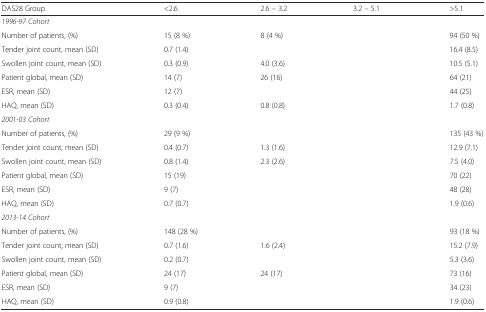
<table><thead><tr><td><b>DAS28 Group</b></td><td><b>&lt;2.6</b></td><td><b>2.6 – 3.2</b></td><td><b>3.2 – 5.1</b></td><td><b>&gt;5.1</b></td></tr></thead><tbody><tr><td colspan="5"><i>1996-97 Cohort</i></td></tr><tr><td>Number of patients, (%)</td><td>15 (8 %)</td><td>8 (4 %)</td><td>[EMPTY_CELL]</td><td>94 (50 %)</td></tr><tr><td>Tender joint count, mean (SD)</td><td>0.7 (1.4)</td><td>[EMPTY_CELL]</td><td>[EMPTY_CELL]</td><td>16.4 (8.5)</td></tr><tr><td>Swollen joint count, mean (SD)</td><td>0.3 (0.9)</td><td>4.0 (3.6)</td><td>[EMPTY_CELL]</td><td>10.5 (5.1)</td></tr><tr><td>Patient global, mean (SD)</td><td>14 (7)</td><td>26 (16)</td><td>[EMPTY_CELL]</td><td>64 (21)</td></tr><tr><td>ESR, mean (SD)</td><td>12 (7)</td><td>[EMPTY_CELL]</td><td>[EMPTY_CELL]</td><td>44 (25)</td></tr><tr><td>HAQ, mean (SD)</td><td>0.3 (0.4)</td><td>0.8 (0.8)</td><td>[EMPTY_CELL]</td><td>1.7 (0.8)</td></tr><tr><td colspan="5"><i>2001-03 Cohort</i></td></tr><tr><td>Number of patients, (%)</td><td>29 (9 %)</td><td>[EMPTY_CELL]</td><td>[EMPTY_CELL]</td><td>135 (43 %)</td></tr><tr><td>Tender joint count, mean (SD)</td><td>0.4 (0.7)</td><td>1.3 (1.6)</td><td>[EMPTY_CELL]</td><td>12.9 (7.1)</td></tr><tr><td>Swollen joint count, mean (SD)</td><td>0.8 (1.4)</td><td>2.3 (2.6)</td><td>[EMPTY_CELL]</td><td>7.5 (4.0)</td></tr><tr><td>Patient global, mean (SD)</td><td>15 (19)</td><td>[EMPTY_CELL]</td><td>[EMPTY_CELL]</td><td>70 (22)</td></tr><tr><td>ESR, mean (SD)</td><td>9 (7)</td><td>[EMPTY_CELL]</td><td>[EMPTY_CELL]</td><td>48 (28)</td></tr><tr><td>HAQ, mean (SD)</td><td>0.7 (0.7)</td><td>[EMPTY_CELL]</td><td>[EMPTY_CELL]</td><td>1.9 (0.6)</td></tr><tr><td colspan="5"><i>2013-14 Cohort</i></td></tr><tr><td>Number of patients, (%)</td><td>148 (28 %)</td><td>[EMPTY_CELL]</td><td>[EMPTY_CELL]</td><td>93 (18 %)</td></tr><tr><td>Tender joint count, mean (SD)</td><td>0.7 (1.6)</td><td>1.6 (2.4)</td><td>[EMPTY_CELL]</td><td>15.2 (7.9)</td></tr><tr><td>Swollen joint count, mean (SD)</td><td>0.2 (0.7)</td><td>[EMPTY_CELL]</td><td>[EMPTY_CELL]</td><td>5.3 (3.6)</td></tr><tr><td>Patient global, mean (SD)</td><td>24 (17)</td><td>24 (17)</td><td>[EMPTY_CELL]</td><td>73 (16)</td></tr><tr><td>ESR, mean (SD)</td><td>9 (7)</td><td>[EMPTY_CELL]</td><td>[EMPTY_CELL]</td><td>34 (23)</td></tr><tr><td>HAQ, mean (SD)</td><td>0.9 (0.8)</td><td>[EMPTY_CELL]</td><td>[EMPTY_CELL]</td><td>1.9 (0.6)</td></tr></tbody></table>